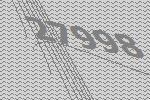
27998